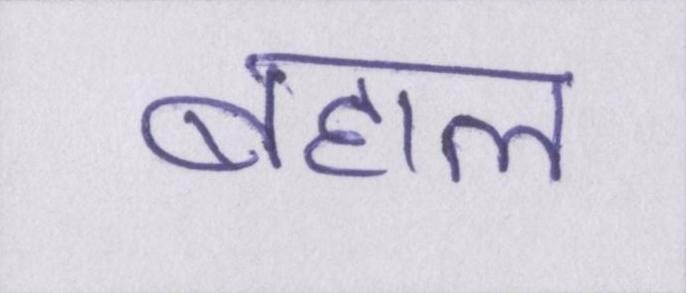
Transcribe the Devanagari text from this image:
बहाल